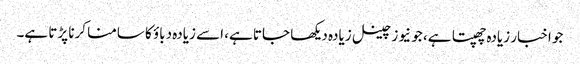
جو اخبار زیادہ چھپتا ہے، جو نیوز چینل زیادہ دیکھا جاتا ہے، اسے زیادہ دباؤ کا سامنا کرنا پڑتا ہے۔